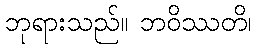
ဘုရားသည်။ ဘဝိဿတိ၊